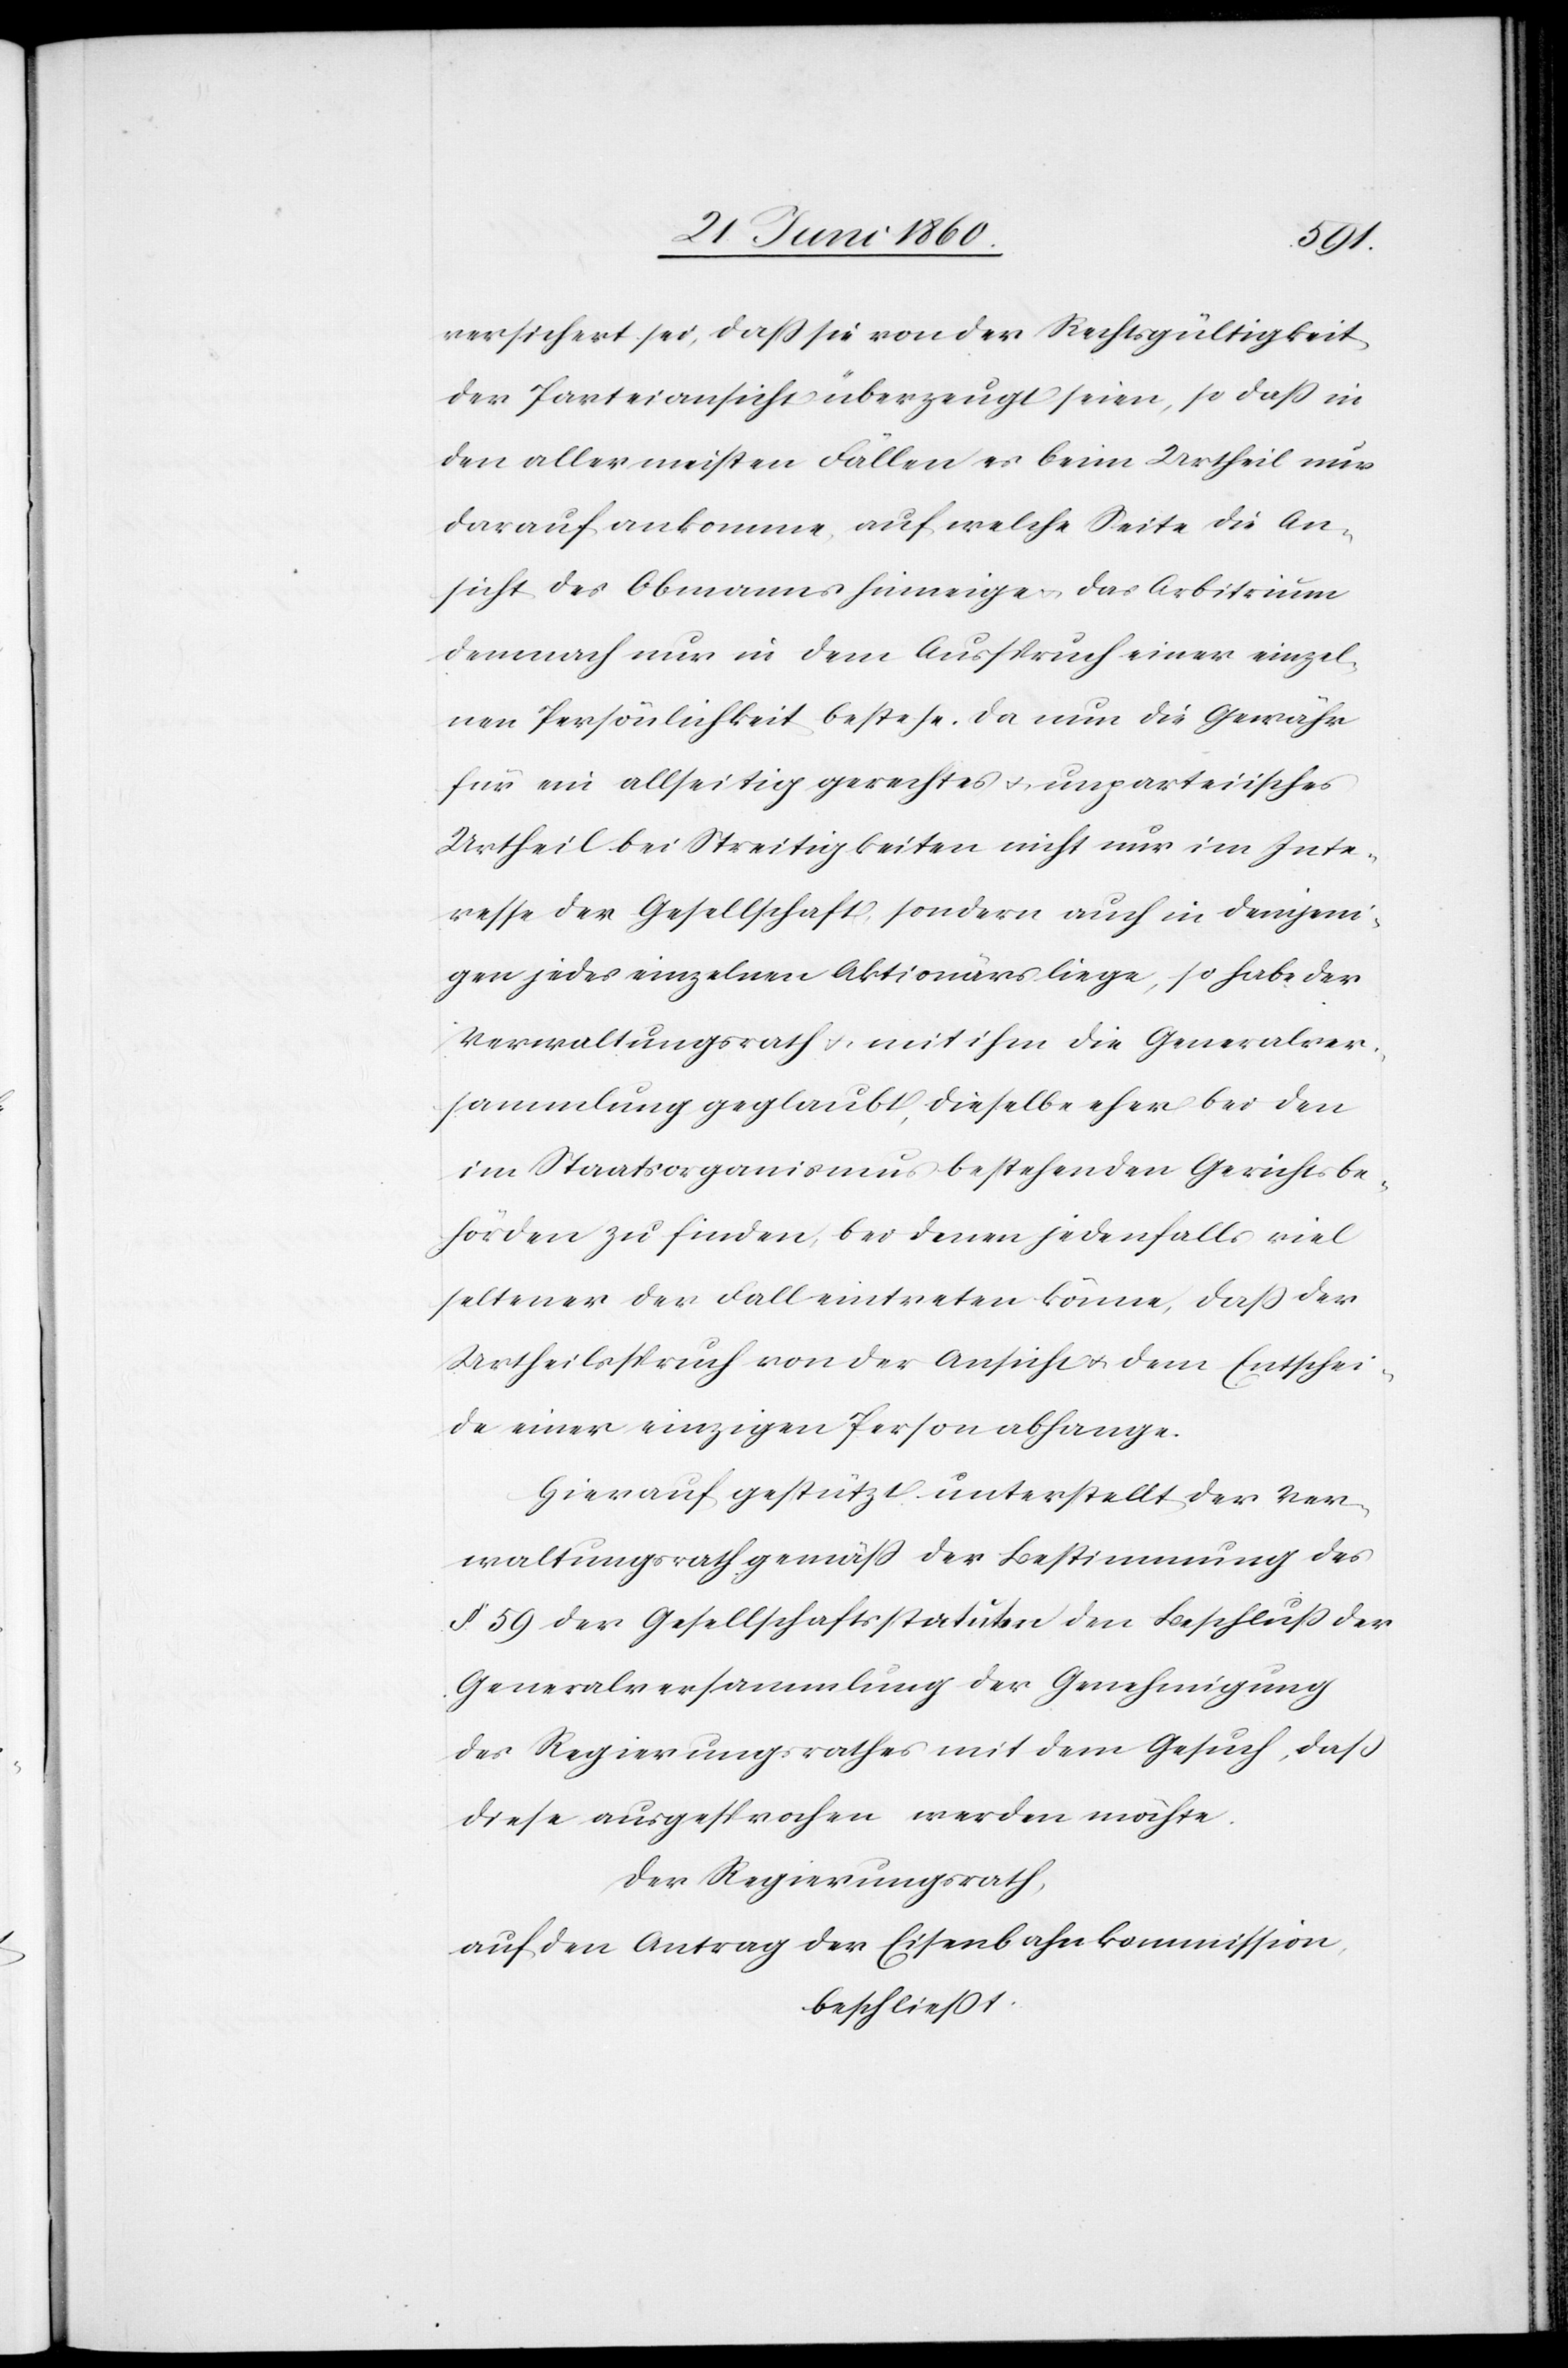
versichert sei, dass sie von der Rechtsgültigkeit
der Parteiansicht überzeugt seien, so dass in
den allermeisten Fällen es beim Urtheil nur
darauf ankomme, auf welche Seite die An¬
sicht des Obmanns hinneige u. das Arbitrium
demnach nur in dem Ausspruch einer einzel¬
nen Persönlichkeit bestehe. Da nun die Gewähr
für ein allseitig gerechtes u. unparteiisches
Urtheil bei Streitigkeiten nicht nur im Inte¬
resse der Gesellschaft, sondern auch in denjeni¬
gen jedes einzelnen Aktionärs liege, so habe der
Verwaltungsrath u. mit ihm die Generalver¬
sammlung geglaubt, dieselbe eher bei den
im Staatsorganismus bestehenden Gerichtsbe¬
hörden zu finden, bei denen jedenfalls viel
seltener der Fall eintreten könne, dass der
Urtheilsspruch von der Ansicht u. dem Entschei¬
de einer einzigen Person abhange.
Hierauf gestützt unterstellt der Ver¬
waltungsrath gemäss der Bestimmung des
§. 59 der Gesellschaftsstatuten den Beschluss der
Generalversammlung der Genehmigung
des Regierungsrathes mit dem Gesuch, dass
diese ausgesprochen werden möchte.
Der Regierungsrath,
auf den Antrag der Eisenbahnkommission,
beschliesst: